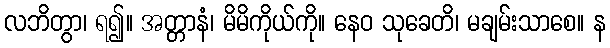
လဘိတွာ၊ ရ၍။ အတ္တာနံ၊ မိမိကိုယ်ကို။ နေဝ သုခေတိ၊ မချမ်းသာစေ။ န